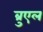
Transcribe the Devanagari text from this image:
ब्रुएल